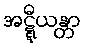
အဋ္ဋီယန္တာ